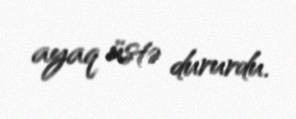
ayaq üstə dururdu.